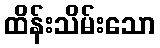
ထိန်းသိမ်းသော